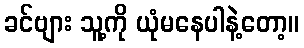
ခင်ဗျား သူ့ကို ယုံမနေပါနဲ့တော့။